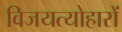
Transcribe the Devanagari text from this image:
विजयत्योहारों